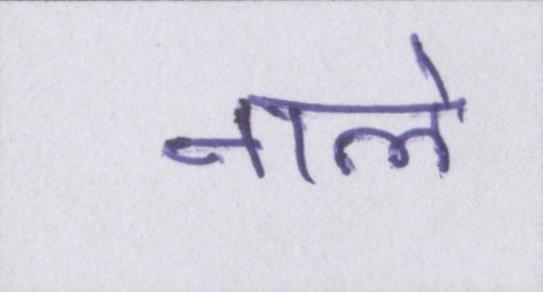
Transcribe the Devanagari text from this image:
नाले